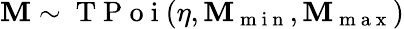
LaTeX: \mathbf{M}\sim\mathrm{{~T~P~o~i~}}(\eta,\mathbf{M}_{\mathrm{{~m~i~n~}}},\mathbf{M}_{\mathrm{{~m~a~x~}}})